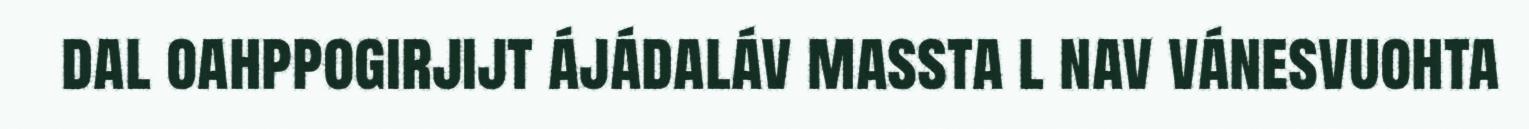
dal oahppogirjijt ájádaláv massta l nav vánesvuohta